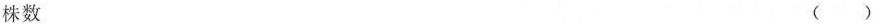
株数 ( )